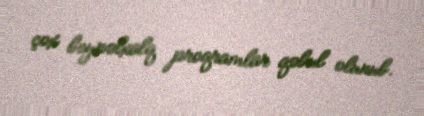
çox beynəlxalq proqramlar qəbul olunub.